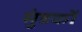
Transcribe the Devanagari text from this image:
मुंडकों